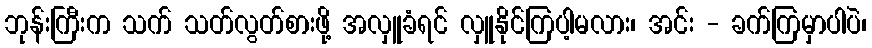
ဘုန်းကြီးက သက် သတ်လွတ်စားဖို့ အလှူခံရင် လှူနိုင်ကြပါ့မလား၊ အင်း - ခက်ကြမှာပါပဲ၊